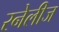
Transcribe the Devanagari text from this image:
रनेलीज